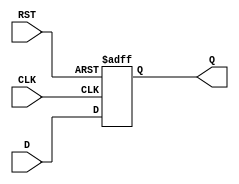
module IntermediateRegister #(
    parameter WIDTH = 8  // Parameter to define the width of the register
)(
    input wire [WIDTH-1:0] D,    // Data input
    input wire CLK,               // Clock input
    input wire RST,               // Asynchronous reset input
    output reg [WIDTH-1:0] Q      // Data output
);

    // Asynchronous reset and synchronous data capture
    always @(posedge CLK or posedge RST) begin
        if (RST) begin
            Q <= {WIDTH{1'b0}};     // Clear the register to 0
        end else begin
            Q <= D;                 // Capture data on clock edge
        end
    end

endmodule